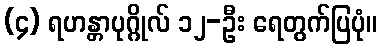
(၄) ရဟန္တာပုဂ္ဂိုလ် ၁၂-ဦး ရေတွက်ပြပုံ။